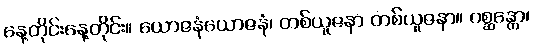
နေ့တိုင်းနေ့တိုင်း။ ယောဇနံယောဇနံ၊ တစ်ယူဇနာ တစ်ယူဇနာ။ ဂစ္ဆန္တော၊